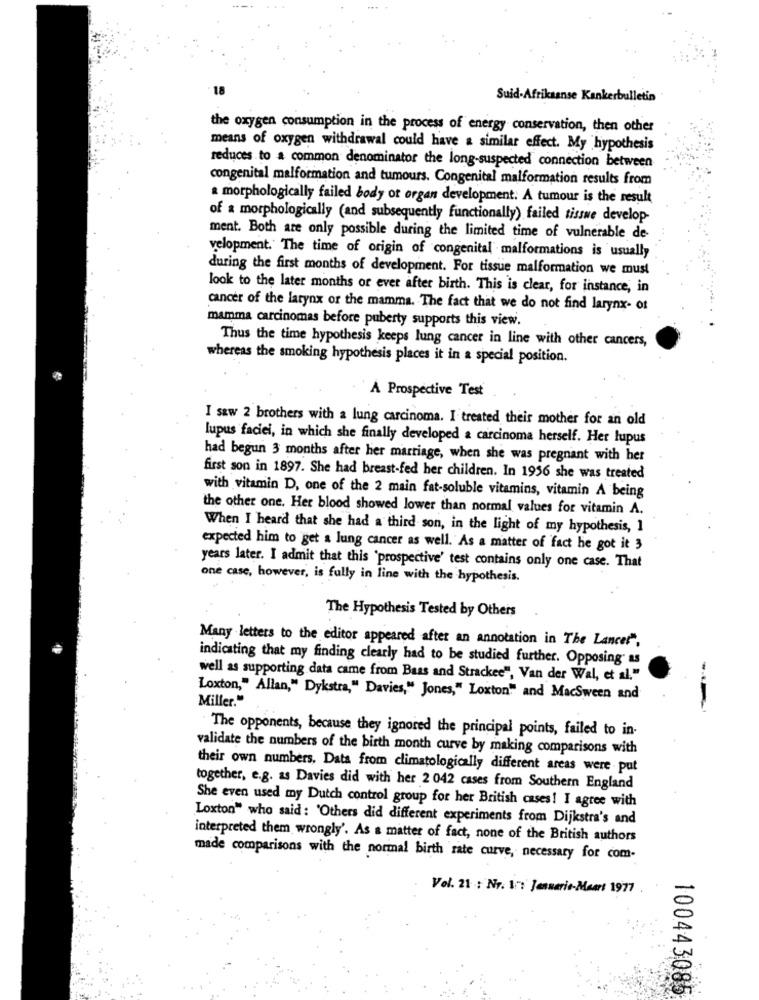
18
Suid-Afrikaanse Kankerbulletin
the oxygen consumption in the process of energy conservation, then other
means of oxygen withdrawal could have a similar effect. My hypothesis
reduces to a common denominator the long-suspected connection between
congenital malformation and tumours. Congenital malformation results from
a morphologically failed body ot organ development. A tumour is the result
of a morphologically (and subsequently functionally) failed tisswe develop-
ment. Both are only possible during the limited time of vulnerable de
velopment. The time of origin of congenital malformations is usually
during the first months of development. For tissue malformation we must
look to the later months or ever after birth. This is clear, for instance, in
cancer of the larynx or the mamma. The fact that we do not find larynx- ot
mamma carcinomas before puberty supports this view.
Thus the time hypothesis keeps lung cancer in line with other cancers,
whereas the smoking hypothesis places it in a special position.
A Prospective Test
I saw 2 brothers with a lung carcinoma. I treated their mother for an old
lupus faciei, in which she finally developed a carcinoma herself. Her lupus
had begun 3 months after her marriage, when she was pregnant with her
first son in 1897. She had breast-fed her children. In 1956 she was treated
with vitamin D, one of the 2 main fat-soluble vitamins, vitamin A being
the other one. Her blood showed lower than normal values for vitamin A.
When I heard that she had a third son, in the light of my hypothesis, 1
expected him to get a lung cancer as well. As a matter of fact he got it 3
years later. I admit that this "prospective' test contains only one case. That
one case, however, is fully in line with the hypothesis.
The Hypothesis Tested by Others
Many letters to the editor appeared after an annotation in The Lancer",
indicating that my finding clearly had to be studied further. Opposing' as
--
well as supporting data came from Bass and Strackee", Van der Wal, et al."
Miller."
Loxton," Allan," Dykstra," Davies," Jones," Loxton" and MacSween and
The opponents, because they ignored the principal points, failed to in-
validate the numbers of the birth month curve by making comparisons with
their own numbers, Data from climatologically different areas were put
together, e.g. as Davies did with her 2 042 cases from Southern England
She even used my Dutch control group for her British cases! I agree with
Loxton" who said : 'Others did different experiments from Dijkstra's and
interpreted them wrongly'. As a matter of fact, none of the British authors
made comparisons with the normal birth rate curve, necessary for com-
Vol. 21 : Nr. If: Jenserie-Maart 1977
100443085